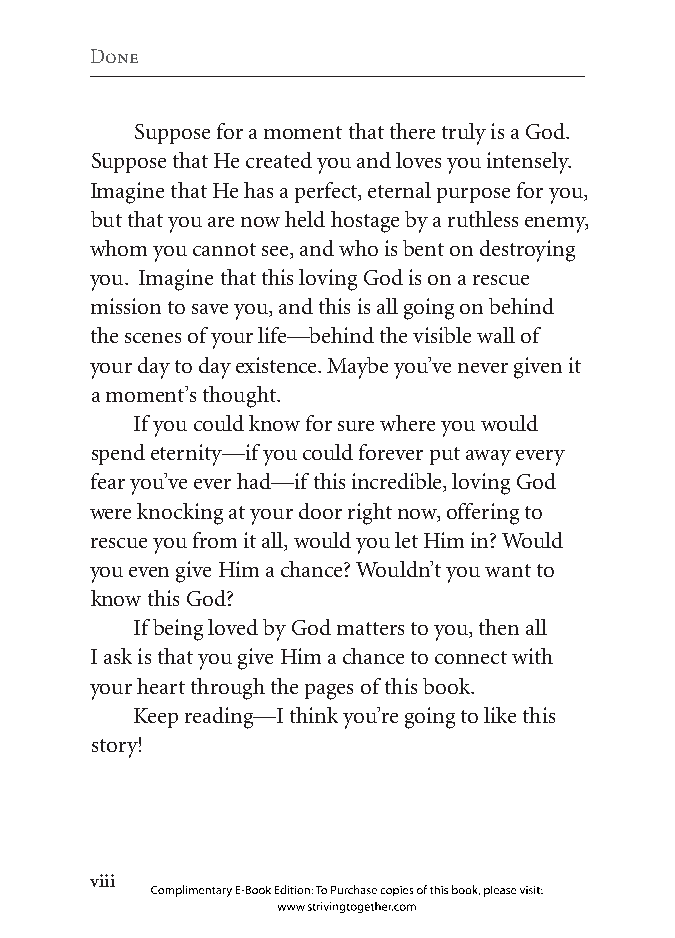
Done
 Suppose for a moment that there truly is a God.
 Suppose that He created you and loves you intensely.
 Imagine that He has a perfect, eternal purpose for you,
 but that you are now held hostage by a ruthless enemy,
 whom you cannot see, and who is bent on destroying
 you. Imagine that this loving God is on a rescue
 mission to save you, and this is all going on behind
 the scenes of your life—behind the visible wall of
 your day to day existence. Maybe you’ve never given it
 a moment’s thought.
 If you could know for sure where you would
 spend eternity—if you could forever put away every
 fear you’ve ever had—if this incredible, loving God
 were knocking at your door right now, offering to
 rescue you from it all, would you let Him in? Would
 you even give Him a chance? Wouldn’t you want to
 know this God?
 If being loved by God matters to you, then all
 I ask is that you give Him a chance to connect with
 your heart through the pages of this book.
 Keep reading—I think you’re going to like this
 story!
 iii
 Complimentary E-Book Edition: To Purchase copies of this book, please visit:
 www.strivingtogether.com